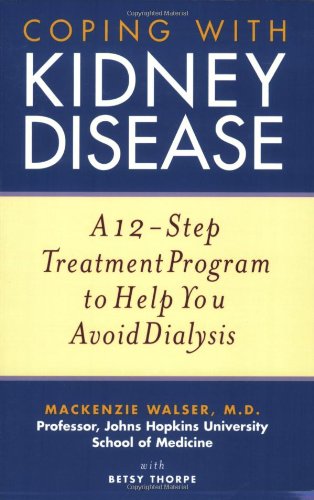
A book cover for Coping with Kidney Disease: A 12-Step Treatment Program to Help You Avoid Dialysis; Mackenzie Walser; Health, Fitness & Dieting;